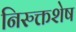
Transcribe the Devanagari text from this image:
निरुक्तशेष